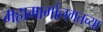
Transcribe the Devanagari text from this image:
महामार्गालगतच्या